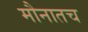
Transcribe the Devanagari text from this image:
मौनातच